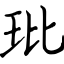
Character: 玭